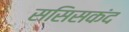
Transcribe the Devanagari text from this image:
ससिसकंद